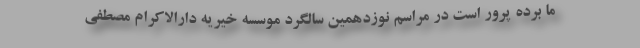
ما برده پرور است در مراسم نوزدهمین سالگرد موسسه خیریه دارالاکرام مصطفی